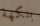
بنكهة